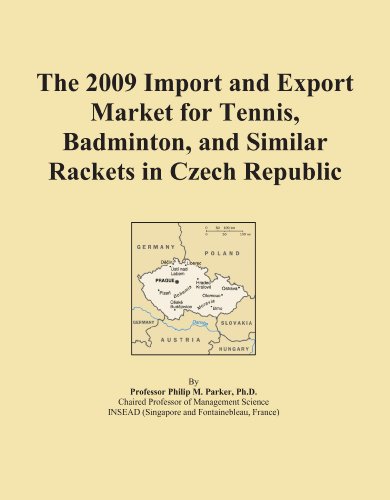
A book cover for The 2009 Import and Export Market for Tennis, Badminton, and Similar Rackets in Czech Republic; Icon Group International; Sports & Outdoors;